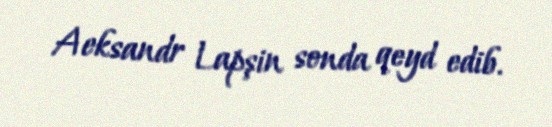
Aeksandr Lapşin sonda qeyd edib.